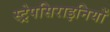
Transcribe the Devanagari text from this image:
स्ट्रेपसिराइनियों